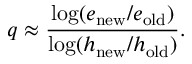
q \approx { \frac { \log ( e _ { \mathrm { n e w } } / e _ { \mathrm { o l d } } ) } { \log ( h _ { \mathrm { n e w } } / h _ { \mathrm { o l d } } ) } } .